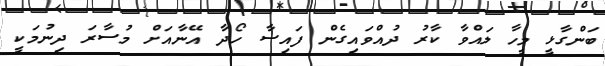
ބަންގާޅީ މީހާ ލައްވާ ކާރު ދުއްވައިގެން ފައިސާ ހޯދާ އޭނާއަށް މުސާރަ ދިނުމަކީ